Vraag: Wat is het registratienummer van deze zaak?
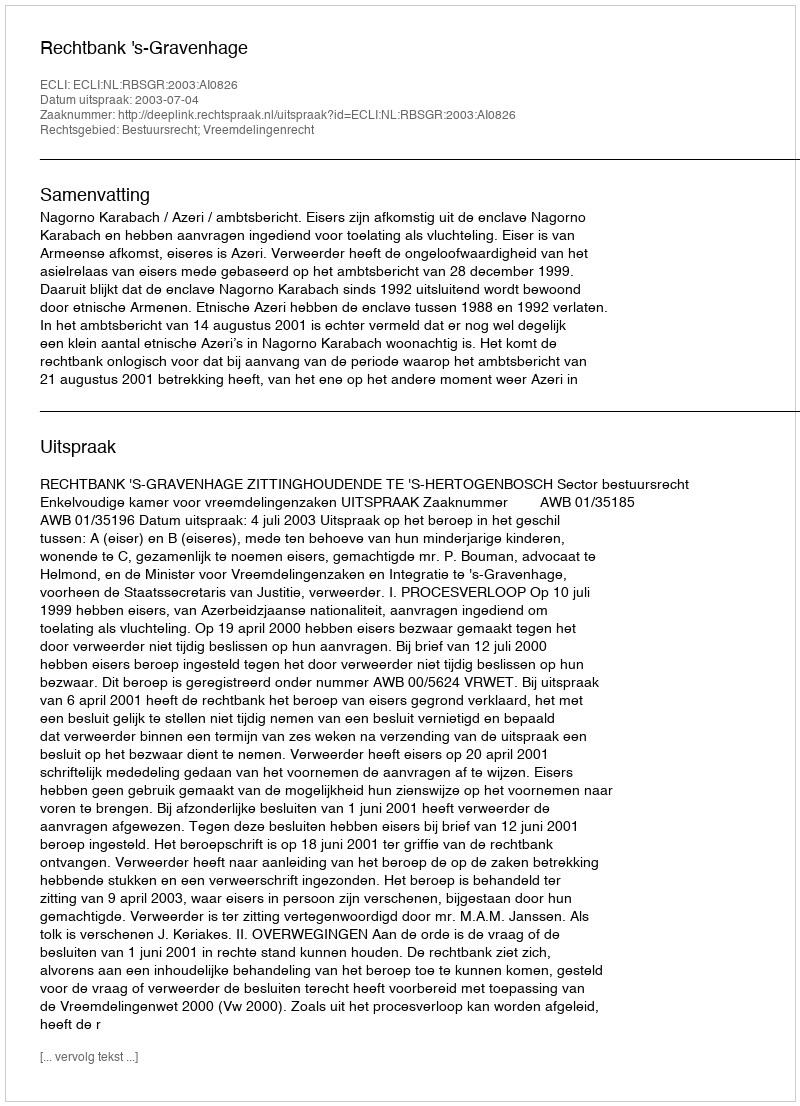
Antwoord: http://deeplink.rechtspraak.nl/uitspraak?id=ECLI:NL:RBSGR:2003:AI0826